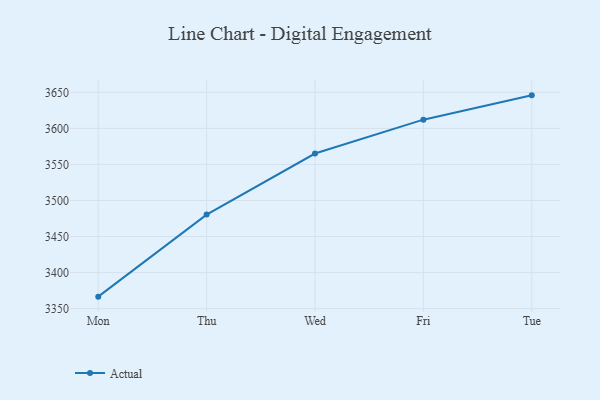
{"axis": {"x": "Day", "y": "Conversion Rate (%)"}, "legend": ["Actual"], "data": [{"x": "Mon", "y": 3366.6, "type": "Actual"}, {"x": "Thu", "y": 3480.4, "type": "Actual"}, {"x": "Wed", "y": 3565.1, "type": "Actual"}, {"x": "Fri", "y": 3612.1, "type": "Actual"}, {"x": "Tue", "y": 3645.8, "type": "Actual"}]}